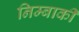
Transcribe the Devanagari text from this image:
निम्बार्की